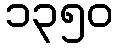
၁၃၅၀